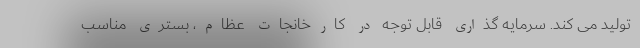
تولید می کند. سرمایه گذاری قابل توجه در کارخانجات عظام، بستری مناسب